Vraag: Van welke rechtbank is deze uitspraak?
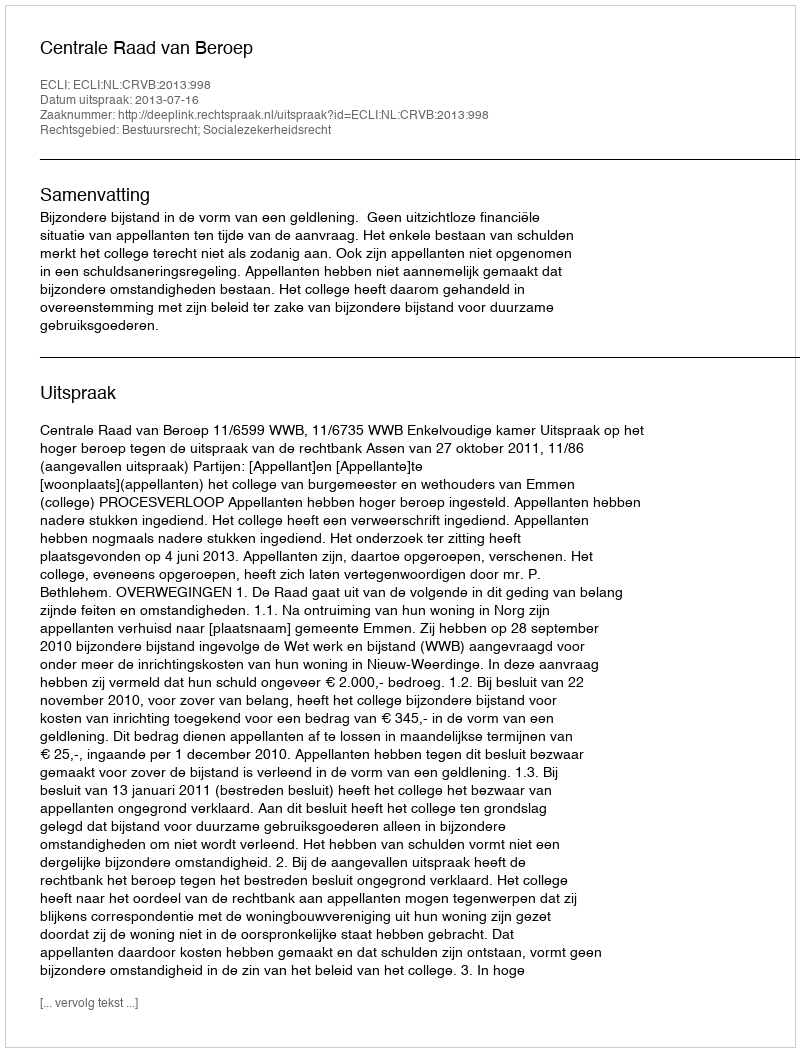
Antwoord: Centrale Raad van Beroep